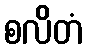
စလိတံ